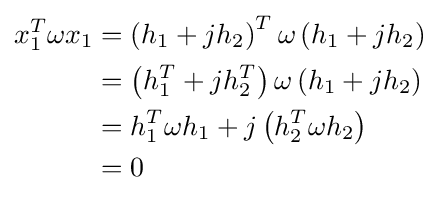
{\begin{aligned}x_{1}^{T}\omega x_{1}&=\left(h_{1}+jh_{2}\right)^{T}\omega \left(h_{1}+jh_{2}\right)\\&=\left(h_{1}^{T}+jh_{2}^{T}\right)\omega \left(h_{1}+jh_{2}\right)\\&=h_{1}^{T}\omega h_{1}+j\left(h_{2}^{T}\omega h_{2}\right)\\&=0\end{aligned}}